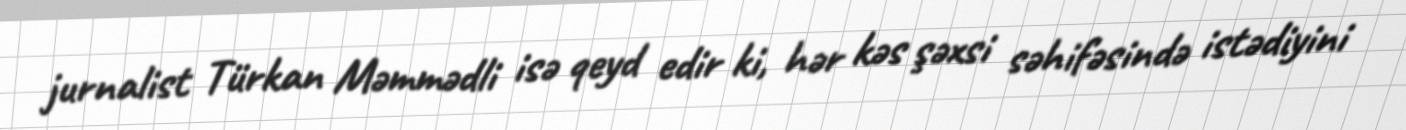
jurnalist Türkan Məmmədli isə qeyd edir ki, hər kəs şəxsi səhifəsində istədiyini